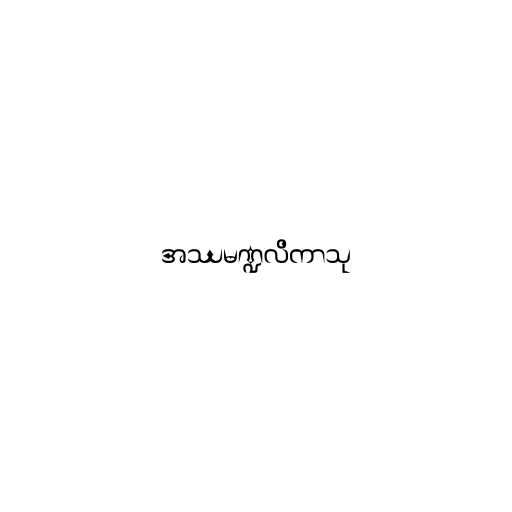
အဿမဏ္ဍလိကာသု